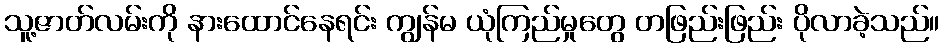
သူ့ဇာတ်လမ်းကို နားထောင်နေရင်း ကျွန်မ ယုံကြည်မှုတွေ တဖြည်းဖြည်း ပိုလာခဲ့သည်။